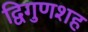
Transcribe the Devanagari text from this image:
द्विगुणशह